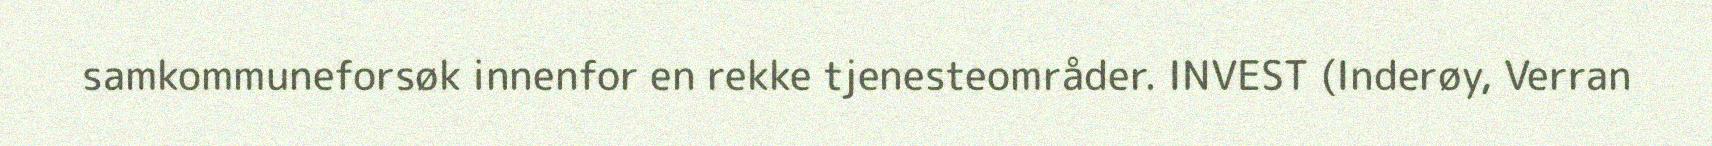
samkommuneforsøk innenfor en rekke tjenesteområder. INVEST (Inderøy, Verran